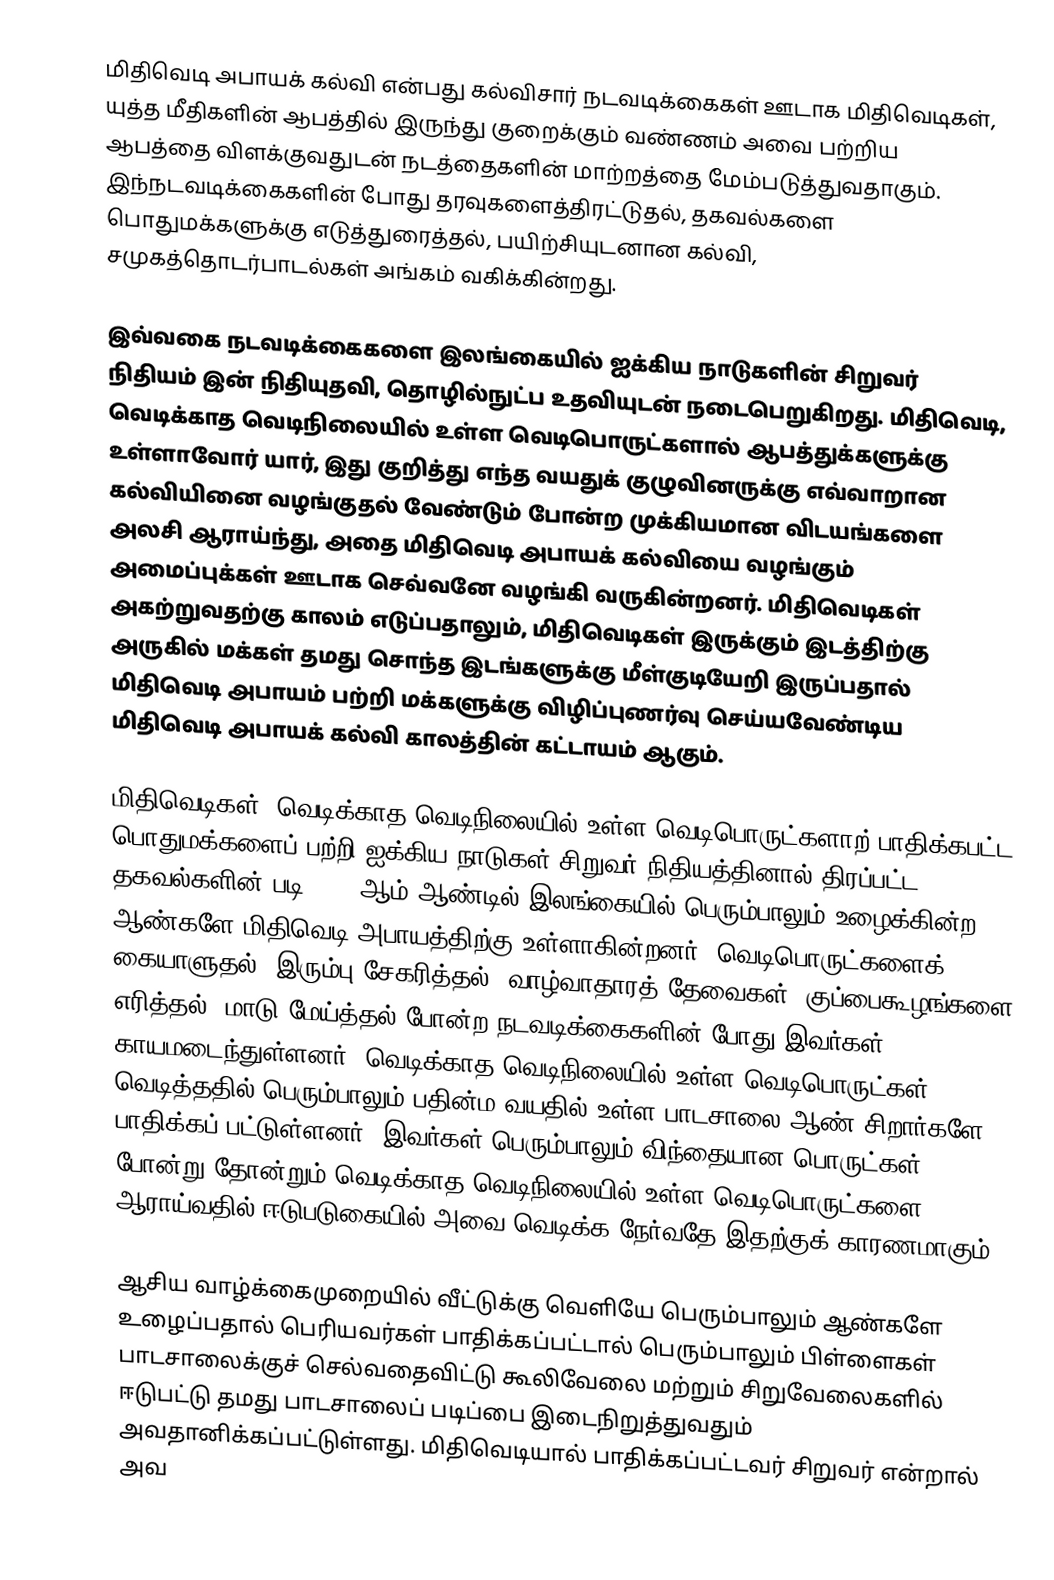
மிதிவெடி அபாயக் கல்வி என்பது கல்விசார் நடவடிக்கைகள் ஊடாக மிதிவெடிகள், யுத்த மீதிகளின் ஆபத்தில் இருந்து குறைக்கும் வண்ணம் அவை பற்றிய ஆபத்தை விளக்குவதுடன் நடத்தைகளின் மாற்றத்தை மேம்படுத்துவதாகும். இந்நடவடிக்கைகளின் போது தரவுகளைத்திரட்டுதல், தகவல்களை பொதுமக்களுக்கு எடுத்துரைத்தல், பயிற்சியுடனான கல்வி, சமுகத்தொடர்பாடல்கள் அங்கம் வகிக்கின்றது.

இவ்வகை நடவடிக்கைகளை இலங்கையில் ஐக்கிய நாடுகளின் சிறுவர் நிதியம் இன் நிதியுதவி, தொழில்நுட்ப உதவியுடன் நடைபெறுகிறது. மிதிவெடி, வெடிக்காத வெடிநிலையில் உள்ள வெடிபொருட்களால் ஆபத்துக்களுக்கு உள்ளாவோர் யார், இது குறித்து எந்த வயதுக் குழுவினருக்கு எவ்வாறான கல்வியினை வழங்குதல் வேண்டும் போன்ற முக்கியமான விடயங்களை அலசி ஆராய்ந்து, அதை மிதிவெடி அபாயக் கல்வியை வழங்கும் அமைப்புக்கள் ஊடாக செவ்வனே வழங்கி வருகின்றனர். மிதிவெடிகள் அகற்றுவதற்கு காலம் எடுப்பதாலும், மிதிவெடிகள் இருக்கும் இடத்திற்கு அருகில் மக்கள் தமது சொந்த இடங்களுக்கு மீள்குடியேறி இருப்பதால் மிதிவெடி அபாயம் பற்றி மக்களுக்கு விழிப்புணர்வு செய்யவேண்டிய மிதிவெடி அபாயக் கல்வி காலத்தின் கட்டாயம் ஆகும்.

மிதிவெடிகள், வெடிக்காத வெடிநிலையில் உள்ள வெடிபொருட்களாற் பாதிக்கபட்ட பொதுமக்களைப் பற்றி ஐக்கிய நாடுகள் சிறுவர் நிதியத்தினால் திரப்பட்ட தகவல்களின் படி 2012 ஆம் ஆண்டில் இலங்கையில் பெரும்பாலும் உழைக்கின்ற ஆண்களே மிதிவெடி அபாயத்திற்கு உள்ளாகின்றனர். வெடிபொருட்களைக் கையாளுதல், இரும்பு சேகரித்தல், வாழ்வாதாரத் தேவைகள், குப்பைகூழங்களை எரித்தல், மாடு மேய்த்தல் போன்ற நடவடிக்கைகளின் போது இவர்கள் காயமடைந்துள்ளனர். வெடிக்காத வெடிநிலையில் உள்ள வெடிபொருட்கள் வெடித்ததில் பெரும்பாலும் பதின்ம வயதில் உள்ள பாடசாலை ஆண் சிறார்களே பாதிக்கப் பட்டுள்ளனர். இவர்கள் பெரும்பாலும் விந்தையான பொருட்கள் போன்று தோன்றும் வெடிக்காத வெடிநிலையில் உள்ள வெடிபொருட்களை ஆராய்வதில் ஈடுபடுகையில் அவை வெடிக்க நேர்வதே இதற்குக் காரணமாகும்.

ஆசிய வாழ்க்கைமுறையில் வீட்டுக்கு வெளியே பெரும்பாலும் ஆண்களே உழைப்பதால் பெரியவர்கள் பாதிக்கப்பட்டால் பெரும்பாலும் பிள்ளைகள் பாடசாலைக்குச் செல்வதைவிட்டு கூலிவேலை மற்றும் சிறுவேலைகளில் ஈடுபட்டு தமது பாடசாலைப் படிப்பை இடைநிறுத்துவதும்  அவதானிக்கப்பட்டுள்ளது. மிதிவெடியால் பாதிக்கப்பட்டவர் சிறுவர் என்றால் அவ